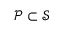
\mathcal P \subset \mathcal S